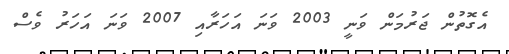
އެގޮތުން ޖަރުމަން ވަނީ 2003 ވަނަ އަހަރާއި 2007 ވަނަ އަހަރު ވެސް